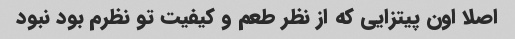
اصلا اون پیتزایی که از نظر طعم و کیفیت تو نظرم بود نبود